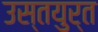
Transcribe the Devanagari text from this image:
उस्तयुर्त